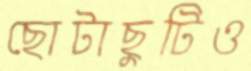
ছোটাছুটিও